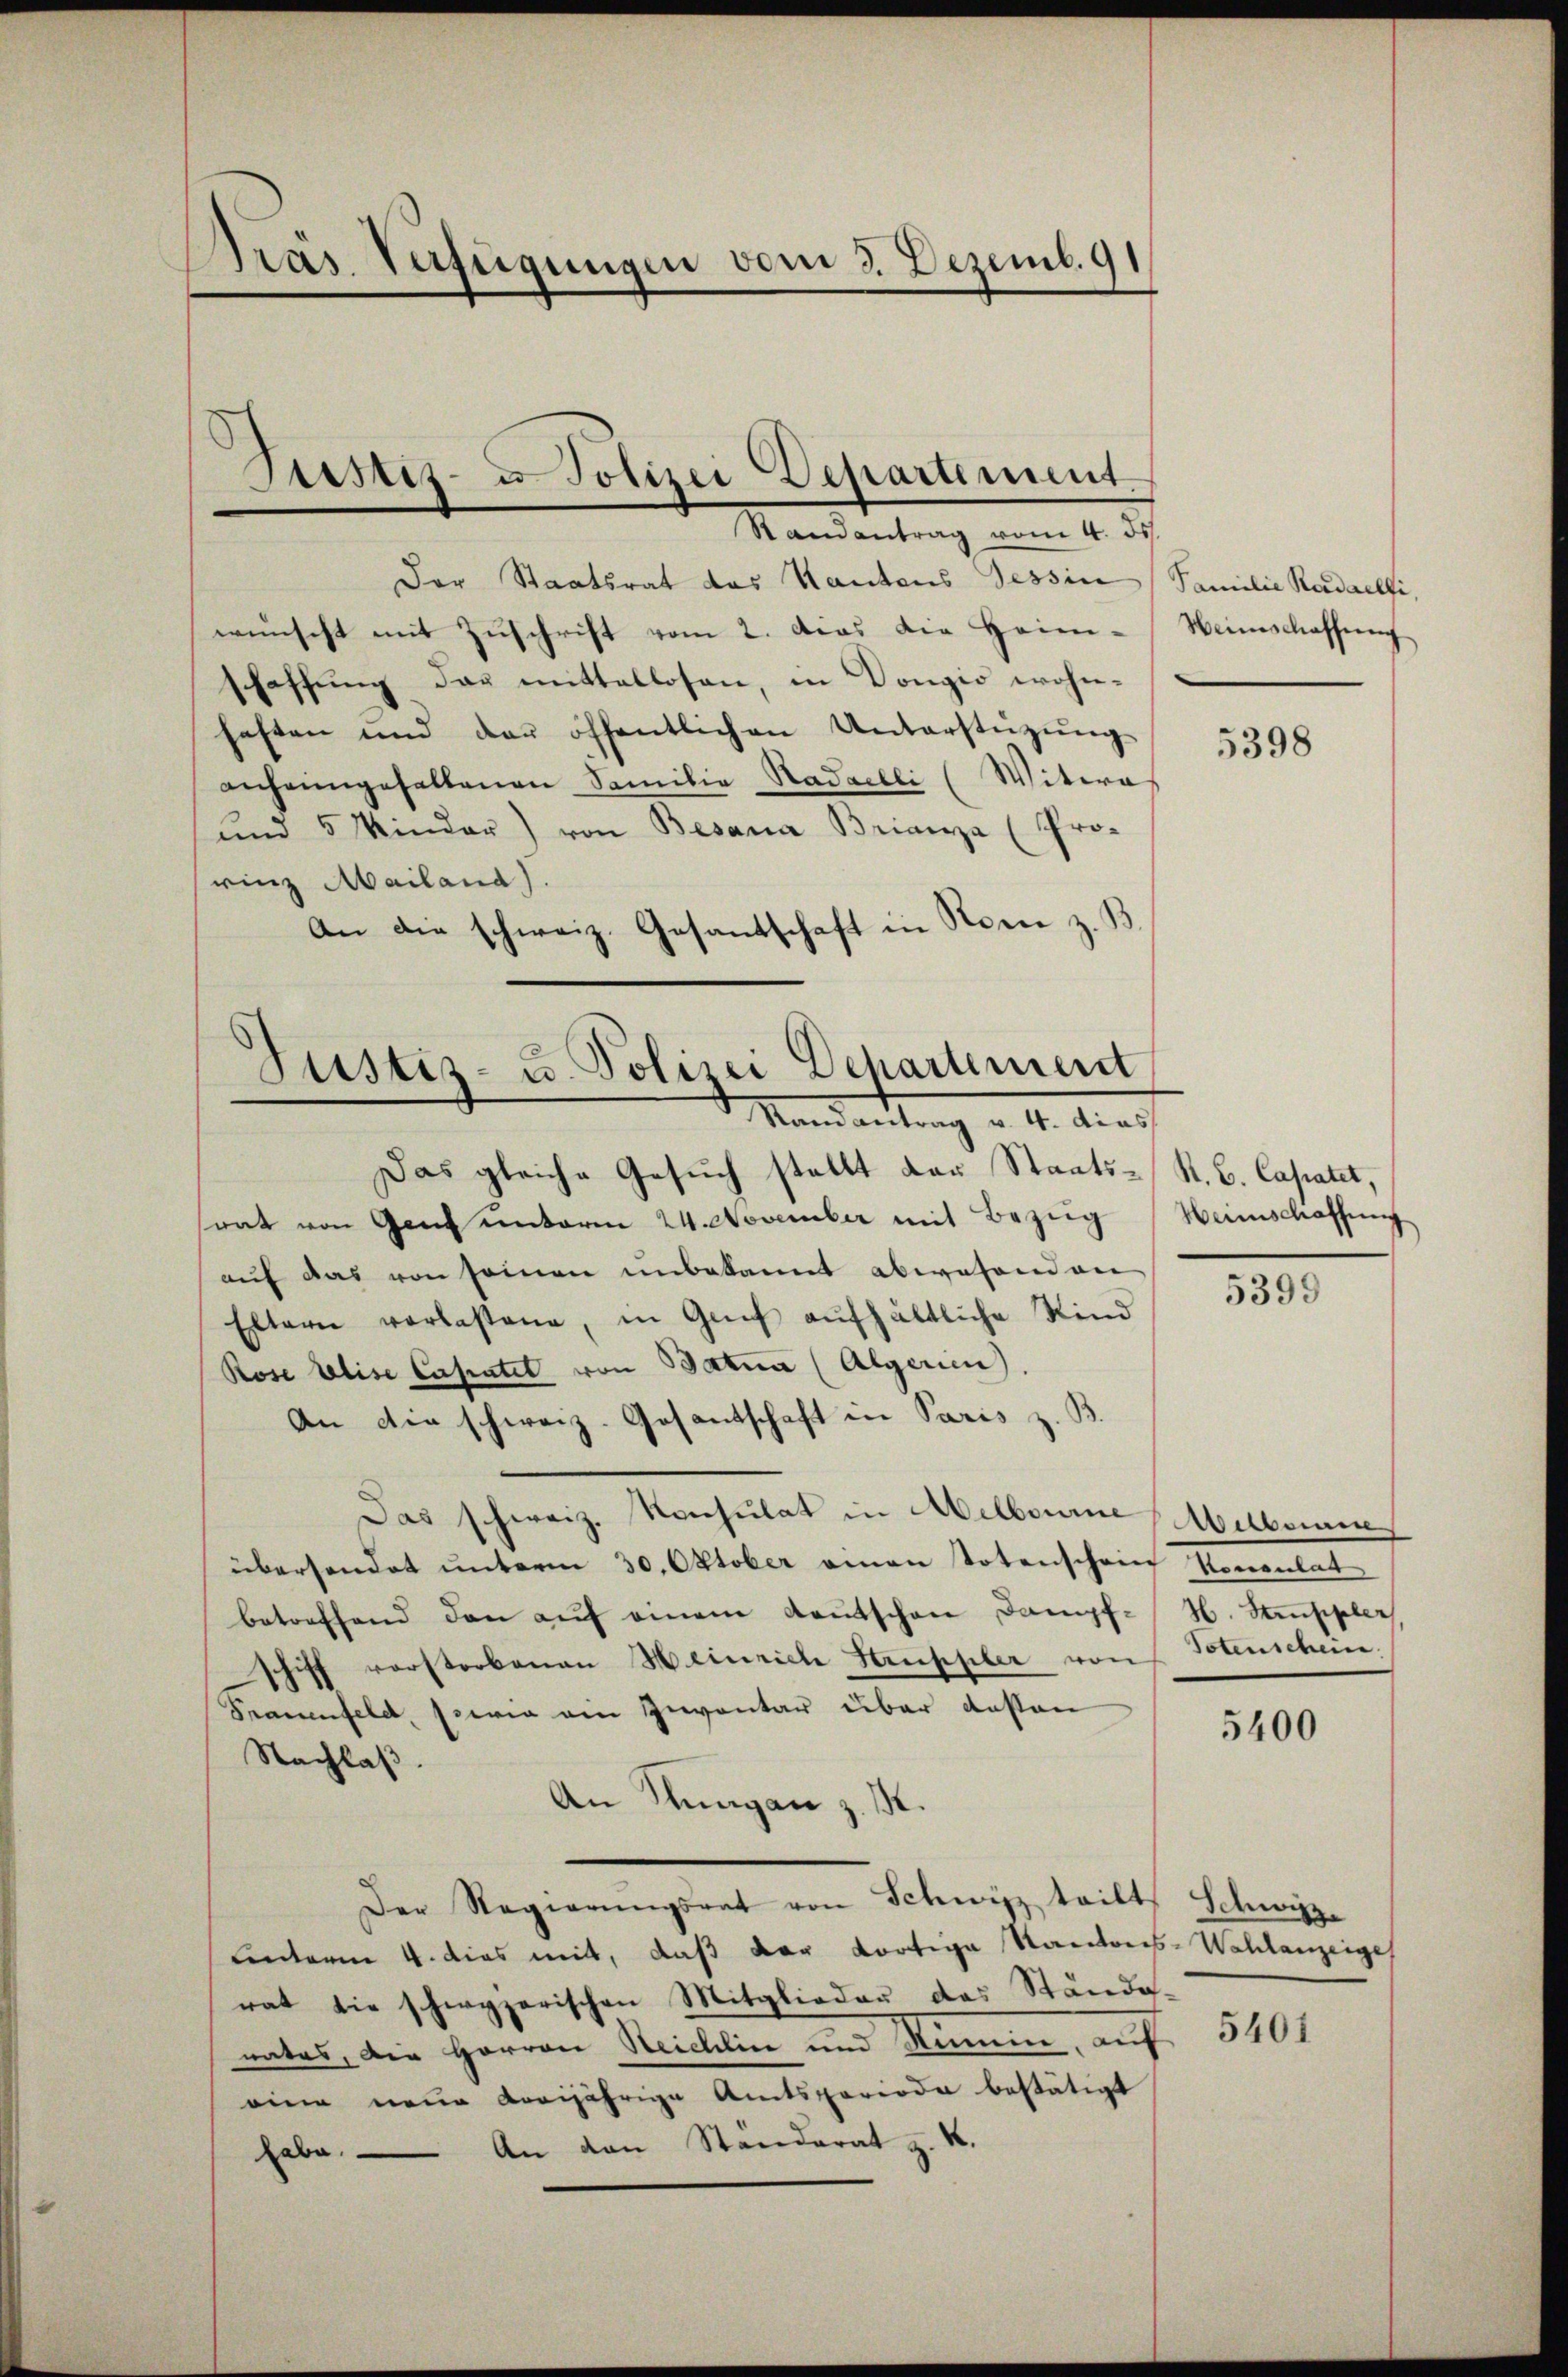
Prás Verfügungen vom 3. Dezemb. 91

Der Staatsrat das Kantons Tessin (Familie Kardaelti.
wünscht mit Zŭschrift vom 2. das die Heim-Weinschaffung
schaffung das mittellosen, in Vongio wohnhaften und der öffentlichen Unterstützŭng
anheimgefallenen Samilie Nadelli (Witwe
und 5 Minder) von Besana Brianza (Pro-
rinz Mailand).
An die schweiz. Gesantschaft in Nom z. B

Arttit- u Polizei Departement
Stamantrag vom 4. ds

Justiz- u. Polizei Departement
Randantrag v. 4. dies

Das gleiche Gesuch stellt der Staats-S. B. Capatet,
srat von Gant unterm 24. November mit Bezeig
auf das von seinen unbekannt abwesend an
Eltern verlassene, in Genf aufhältliche Kind
Rose Elise Casatet von Batua (Algerien),
An die schweiz. Gesantschaft in Paris z. B
Das schweiz. Konsulat in Melbourne Melbourne
überhandet unterm 30. Oktober einen Totenschein Konsulat
betreffend den auf einem Kautschen Dampf-
ff vorstorbenen Heinrich Struppler von
r
Frauenfeld, sowie ein Inventar über dessen
Nachlaß
An Rungan z. K.
Der Regierŭngsrat von Schwyz tritt Schwitze
Lnterm 4. dies mit, daß der dortige Kantons-Wahlanzeige
rat die schwyzerischen Mitglieder das Stände-
nates, die Herren Steichlin und Ramm, auf
eine neue vorjährige Amtsperiode bestätigt
An den Standerat z. K.
habe.

5398

Heimschaffung

5399

H. Struppler
Totenschein.

5400

5401